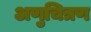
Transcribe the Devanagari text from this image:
अणुचित्रण